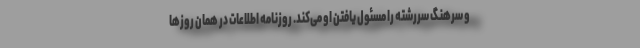
و سرهنگ سررشته را مسئول یافتن او می‌کند. روزنامه اطلاعات در همان روزها